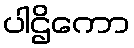
ပါဌိကော